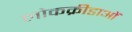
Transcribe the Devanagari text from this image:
लोकक्रीडाओं